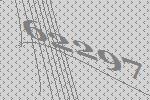
62297